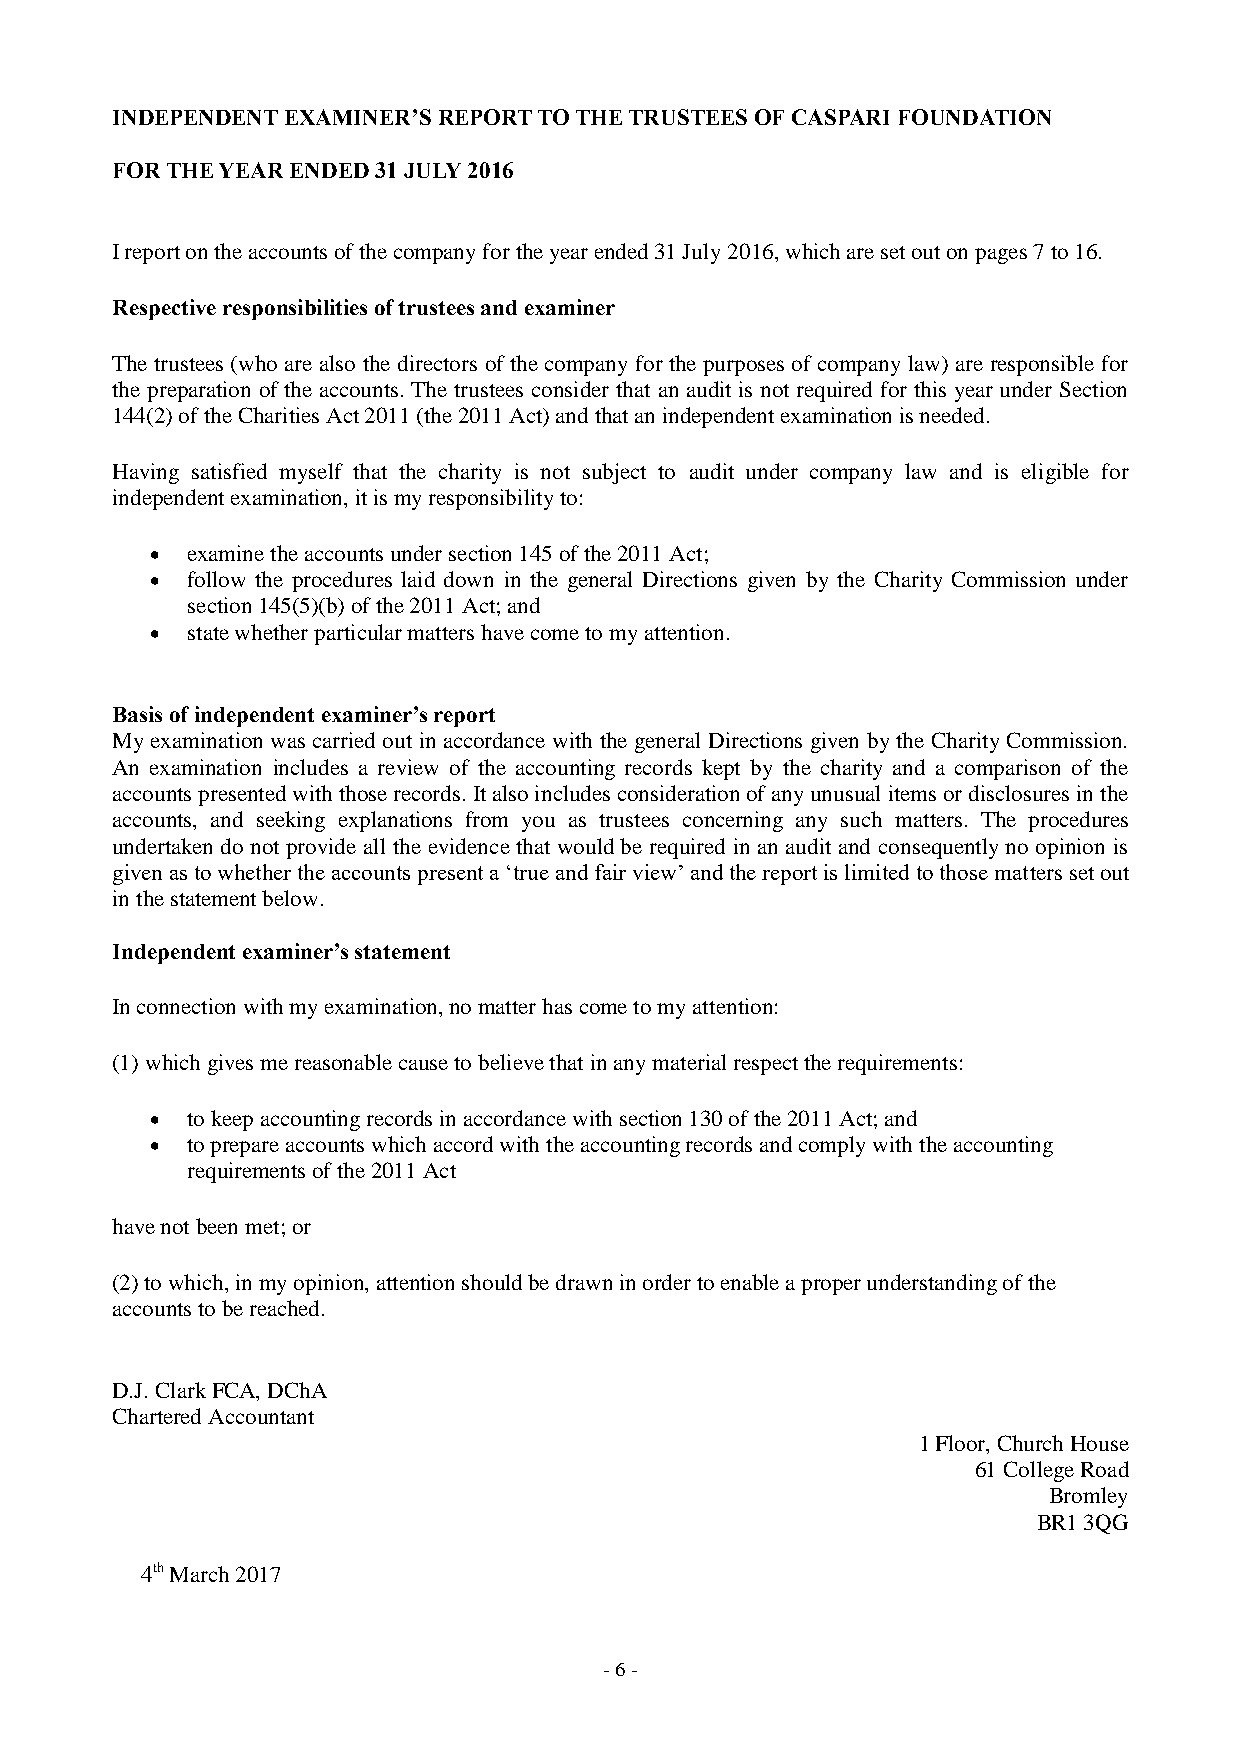
INDEPENDENT EXAMINER’S REPORT TO THE TRUSTEES OF CASPARI FOUNDATION
 FOR THE YEAR ENDED 31 JULY 2016
 I report on the accounts of the company for the year ended 31 July 2016, which are set out on pages 7 to 16.
 Respective responsibilities of trustees and examiner
 The trustees (who are also the directors of the company for the purposes of company law) are responsible for
 the preparation of the accounts. The trustees consider that an audit is not required for this year under Section
 144(2) of the Charities Act 2011 (the 2011 Act) and that an independent examination is needed.
 Having satisfied myself that the charity is not subject to audit under company law and is eligible for
 independent examination, it is my responsibility to:
  examine the accounts under section 145 of the 2011 Act;
  follow the procedures laid down in the general Directions given by the Charity Commission under
 section 145(5)(b) of the 2011 Act; and
  state whether particular matters have come to my attention.
 Basis of independent examiner’s report
 My examination was carried out in accordance with the general Directions given by the Charity Commission.
 An examination includes a review of the accounting records kept by the charity and a comparison of the
 accounts presented with those records. It also includes consideration of any unusual items or disclosures in the
 accounts, and seeking explanations from you as trustees concerning any such matters. The procedures
 undertaken do not provide all the evidence that would be required in an audit and consequently no opinion is
 given as to whether the accounts present a ‘true and fair view’ and the report is limited to those matters set out
 in the statement below.
 Independent examiner’s statement
 In connection with my examination, no matter has come to my attention:
 (1) which gives me reasonable cause to believe that in any material respect the requirements:
  to keep accounting records in accordance with section 130 of the 2011 Act; and
  to prepare accounts which accord with the accounting records and comply with the accounting
 requirements of the 2011 Act
 have not been met; or
 (2) to which, in my opinion, attention should be drawn in order to enable a proper understanding of the
 accounts to be reached.
 D.J. Clark FCA, DChA
 Chartered Accountant
 1 Floor, Church House
 61 College Road
 Bromley
 BR1 3QG
 4th March 2017
 - 6 -